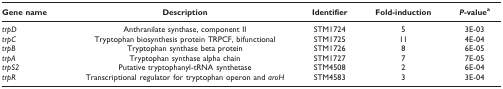
<table><thead><tr><td><b>Gene name</b></td><td><b>Description</b></td><td><b>Identifier</b></td><td><b>Fold-induction</b></td><td><b><i>P</i>-value<sup>a</sup></b></td></tr></thead><tbody><tr><td><i>trpD</i></td><td>Anthranilate synthase, component II</td><td>STM1724</td><td>5</td><td>3E-03</td></tr><tr><td><i>trpC</i></td><td>Tryptophan biosynthesis protein TRPCF, bifunctional</td><td>STM1725</td><td>11</td><td>4E-04</td></tr><tr><td><i>trpB</i></td><td>Tryptophan synthase beta protein</td><td>STM1726</td><td>8</td><td>6E-05</td></tr><tr><td><i>trpA</i></td><td>Tryptophan synthase alpha chain</td><td>STM1727</td><td>7</td><td>7E-05</td></tr><tr><td><i>trpS2</i></td><td>Putative tryptophanyl-tRNA synthetase</td><td>STM4508</td><td>2</td><td>6E-04</td></tr><tr><td><i>trpR</i></td><td>Transcriptional regulator for tryptophan operon and <i>aroH</i></td><td>STM4583</td><td>3</td><td>3E-04</td></tr></tbody></table>